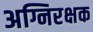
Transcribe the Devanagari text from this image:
अग्निरक्षक